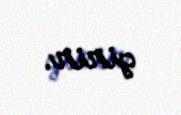
girir.